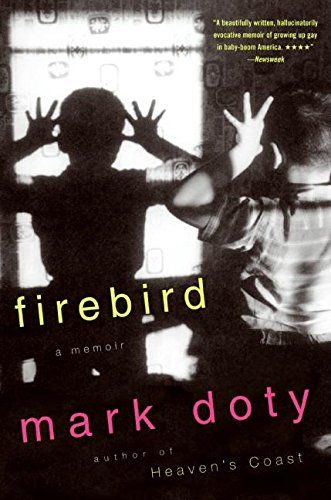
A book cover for Firebird: A Memoir; Mark Doty; Gay & Lesbian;